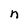
Character: n